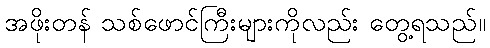
အဖိုးတန် သစ်ဖောင်ကြီးများကိုလည်း တွေ့ရသည်။